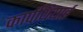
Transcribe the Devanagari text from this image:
कार्पथियाई